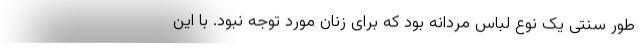
طور سنتی یک نوع لباس مردانه بود که برای زنان مورد توجه نبود. با این